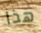
هذا